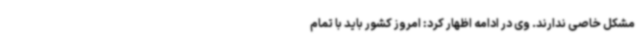
مشکل خاصی ندارند. وی در ادامه اظهار کرد: امروز کشور باید با تمام